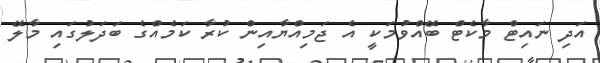
އަދި ނައިޓް މާކެޓް ބޭއްވުމަކީ އެ ޖަމިއްޔާއިން ކުރާ ކަމެއްގެ ބަދަލުގައި މާލޭ